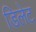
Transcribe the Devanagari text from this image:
डिलेट